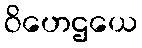
ဝိဟေဌယေ